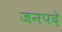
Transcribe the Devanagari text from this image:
जनपदे